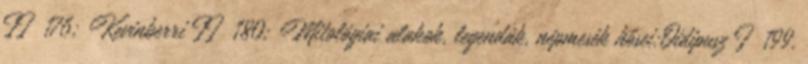
II 176; Kevinberri II 180; Mitológiai alakok, legendák, népmesék hősei:Oidipusz I 199.